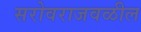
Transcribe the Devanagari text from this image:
सरोवराजवळील